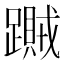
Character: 𨆎